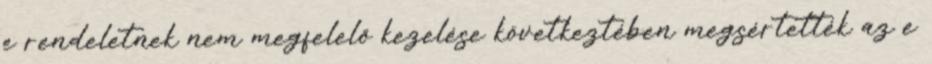
e rendeletnek nem megfelelő kezelése következtében megsértették az e